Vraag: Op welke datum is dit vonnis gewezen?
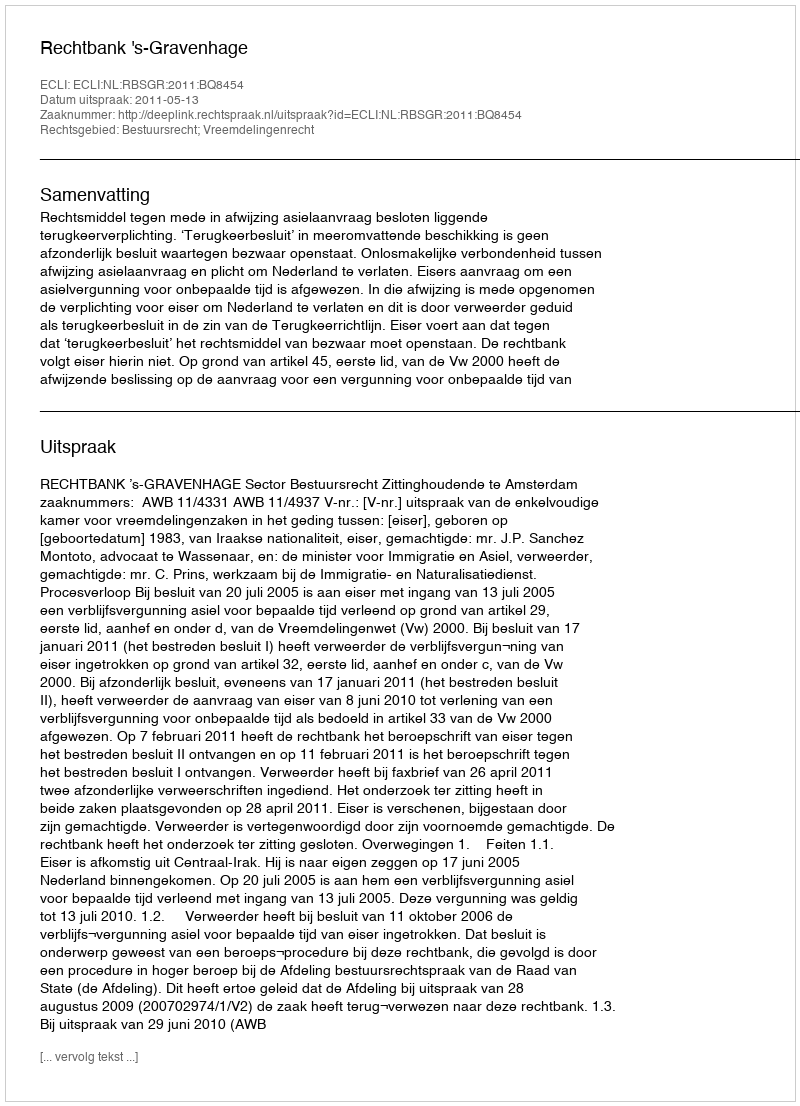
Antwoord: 2011-05-13